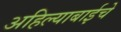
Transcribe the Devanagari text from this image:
अहिल्याबाईचे